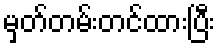
မှတ်တမ်းတင်ထားပြီး